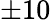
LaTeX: ±10